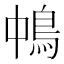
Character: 𩿀